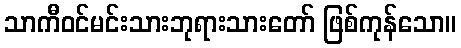
သာကီဝင်မင်းသားဘုရားသားတော် ဖြစ်ကုန်သော။